Leaving Certificate Examination, 1924
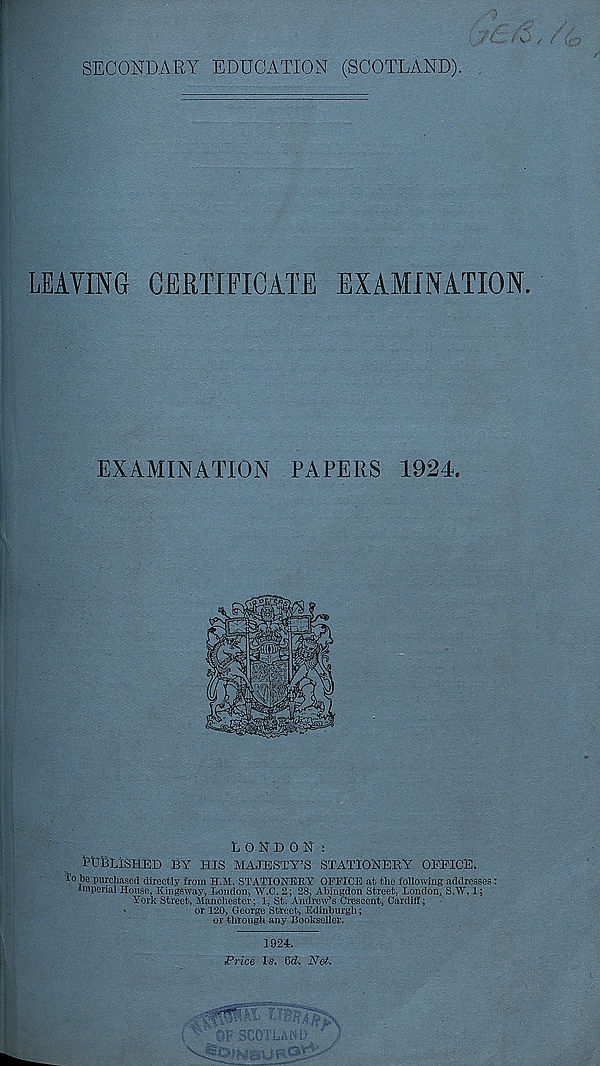
SECONDARY EDUCATION (SCOTLAND).
LEAVING CERTIFICATE EXAMINATION.
EXAMINATION PAPERS 1924.
LONDON;
t'XJBLISHED SY HIS MAJESTY’S STATIONERY OPEICE.
to be purchased directly from H.M, STATIONERY OFEICE at the following addresses:
imperial House, Kingsway, London-, W.C. 2; 28, Abingdon Street, London, S.W. 1;
York Street, Manchester; 1, St. Andrew's Crescent, Cardiff ;
-
or 120-, George Street, Edinburgh;
or through any Bookseller.
1924.
Price Is. 6c?. Nek,